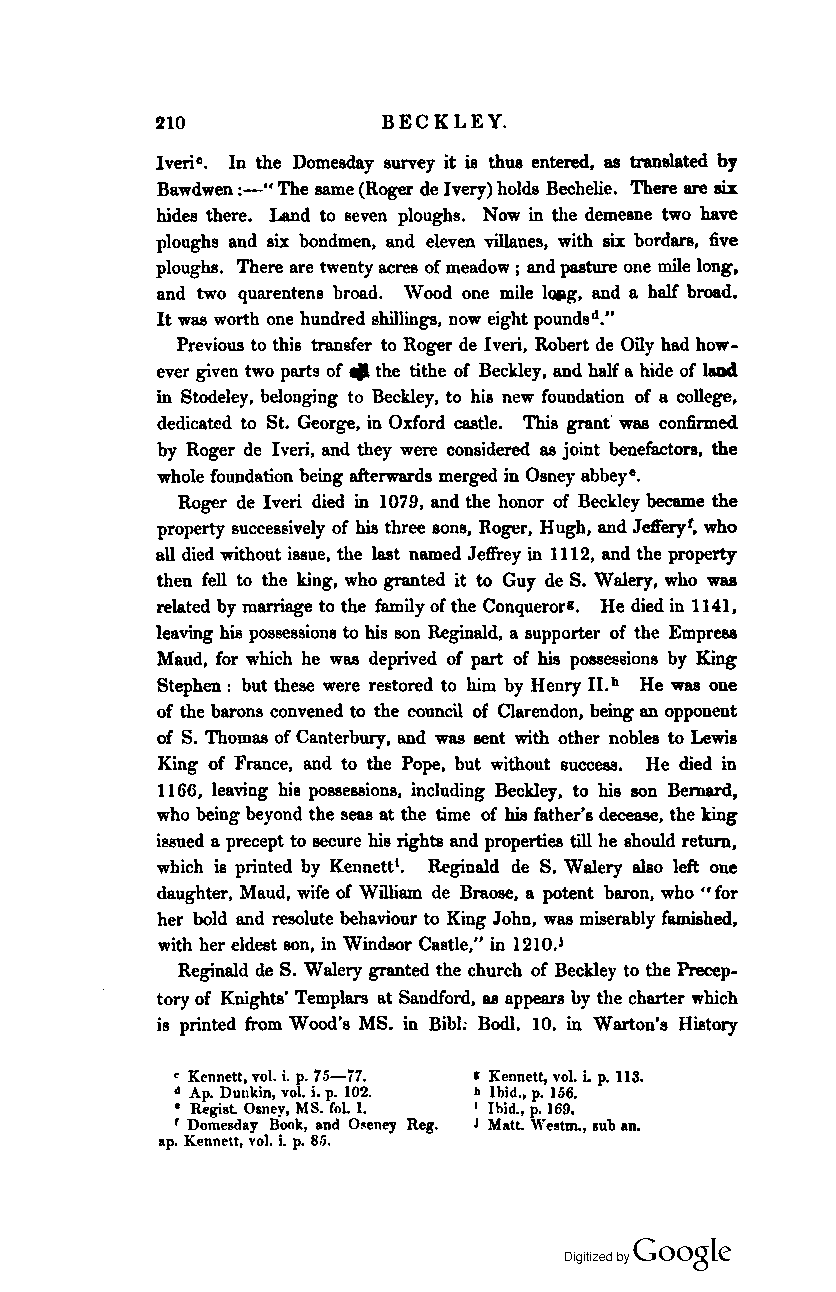
210            BECKLEY.
 I veri o• In the Domesday survey it is thus entered. as tranalated by
 Bawdwen :-" The same (Roger de Ivery) holds Bechelie. There are six
 hides there. Land to seven ploughs. Now in the demesne two have
 ploughs and six bondmen, and eleven villanes, with six bordars, five
 ploughs. There are twenty acres of meadow; and pasture one mile long,
 and two quarentens broad. Wood one mile IQllg. and a half broad.
 It was worth one hundred shillings, now eight poundsd."
 Previous to this transfer to Roger de Iveri, Robert de Oily had how
 ever given two parts of" the tithe of Beckley, and half a hide of l8Dd
 in Stodeley, belonging to Beckley, to his new foundation of a college,
 dedicated to St. George, in Oxford castle. This granf was confirmed
 by Roger de I veri, and they were considered as joint benefactors, the
 whole foundation being afterwards merged in Osney abbeye.
 Roger de Iveri died in 1079, and the honor of Beckley became the
 property succesl!ively of his three sons, Roger, Hugh, and Jeft"eryt, who
 all died without issue, the last named Jeffrey in 1112, and the property
 then fell to the king, who granted it to Guy de S. Walery, who was
 related by marriage to the family of the Conquerorl• He died in 1141,
 leaving his possessions to his son Reginald, a supporter of the Empress
 Maud, for which he was deprived of part of his possessions by King
 Stephen: but these were rel!tored to him by Henry Il.h He was one
 of the barons convened to the council of Clarendon, being an opponent
 of S. Thomas of Canterbury, and was sent with other nobles to Lewis
 King of France, and to the Pope, but without success. He died in
 1166, leaving his possessions, including Beckley, to his son Bernard,
 who being beyond the seas at the time of his father's decease, the king
 issued a precept to secure his rights and properties till he should return,
 which is printed by Kennett'. Reginald de S. Walery also left one
 daughter, Maud, wife of William de Braose, a potent baron, who for
 II
 her bold and resolute behaviour to King John, was miserably famished.
 with her eldest son. in Windsor Castle." in 1210.1
 Reginald de S. Walery granted the church of Beckley to the Precep
 tory of Knights' Templars at Sandford. as appears by the charter which
 is printed from Wood's MS. in Bibl: Bodl. 10. in Warton's History
 • Kennett, Tot i. p. 75-77. I Kennett, vol. i. p. 113.
 d Ap. Dunkin, vol. i. p. 102. h Ibid., p. 166.
 • Regist. Oaney, MS. fol. 1. I Ibid., p. 169.
 r Domesday Book, and Oseney Reg. J Matt. Westrn., sub an.
 ap. Kennett, vol. i. p. 85.
 Coogle
 Digitized by